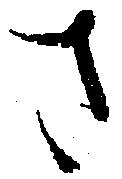
さ